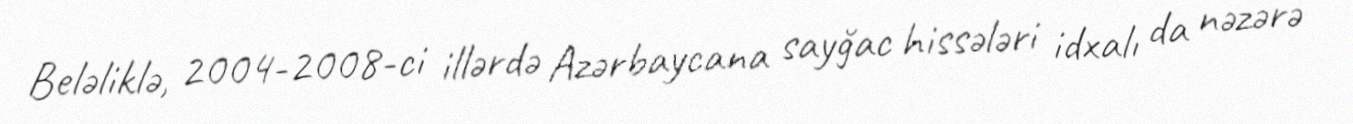
Beləliklə, 2004-2008-ci illərdə Azərbaycana sayğac hissələri idxalı da nəzərə